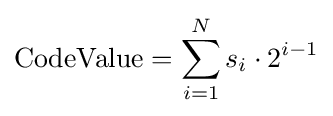
\mathrm {CodeValue} =\sum _{i=1}^{N}s_{i}\cdot 2^{i-1}